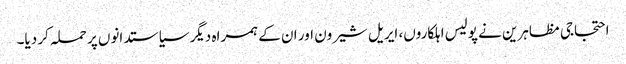
احتجاجی مظاہرین نے پولیس اہلکاروں، ایریل شیرون اور ان کے ہمراہ دیگر سیاستدانوں پر حملہ کر دیا۔